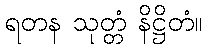
ရတန သုတ္တံ နိဋ္ဌိတံ။